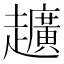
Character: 𮛀